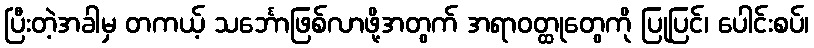
ပြီးတဲ့အခါမှ တကယ့် သင်္ဘောဖြစ်လာဖို့အတွက် အရာဝတ္ထုတွေကို ပြုပြင်၊ ပေါင်းစပ်၊